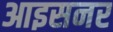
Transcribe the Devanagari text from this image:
आइसनर